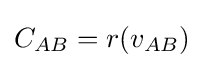
C_{AB}=r(v_{AB})